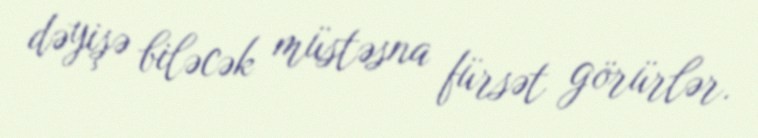
dəyişə biləcək müstəsna fürsət görürlər.